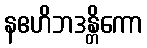
နဧဟိဘဒန္တိကော